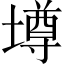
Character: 墫